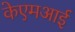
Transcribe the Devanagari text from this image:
केएमआई